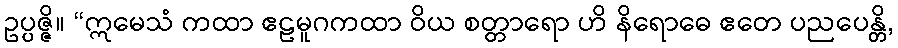
ဥပ္ပဇ္ဇိ။ “ဣမေသံ ကထာ ဧဠမူဂကထာ ဝိယ စတ္တာရော ဟိ နိရောဓေ ဧတေ ပညပေန္တိ,